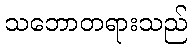
သဘောတရားသည်